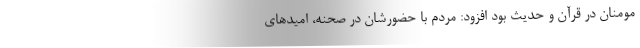
مومنان در قرآن و حدیث بود افزود: مردم با حضورشان در صحنه، امیدهای